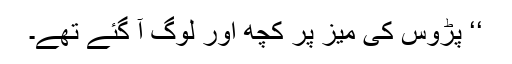
‘‘ پڑوس کی میز پر کچھ اور لوگ آ گئے تھے۔